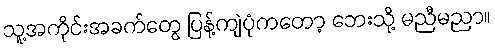
သူ့အကိုင်းအခက်တွေ ပြန့်ကျဲပုံကတော့ ဘေးသို့ မညီမညာ။